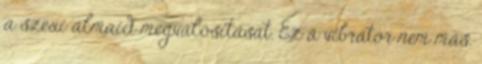
a szexi álmaid megvalósítását. Ez a vibrátor nem más,